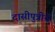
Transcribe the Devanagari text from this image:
दासीपुत्रीचे